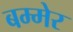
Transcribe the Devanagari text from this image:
बम्मेर